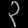
Digit: ၃